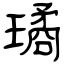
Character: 璚